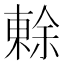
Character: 𭫧